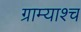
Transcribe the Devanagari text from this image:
ग्राम्याश्च